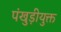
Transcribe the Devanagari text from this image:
पंखुड़ीयुक्त